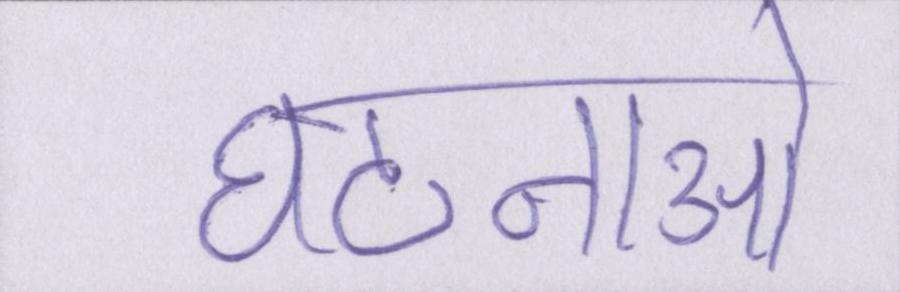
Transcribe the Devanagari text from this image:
घटनाओ